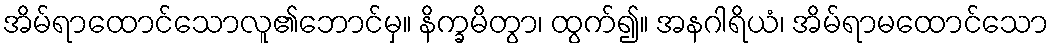
အိမ်ရာထောင်သောလူ၏ဘောင်မှ။ နိက္ခမိတွာ၊ ထွက်၍။ အနဂါရိယံ၊ အိမ်ရာမထောင်သော